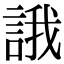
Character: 誐